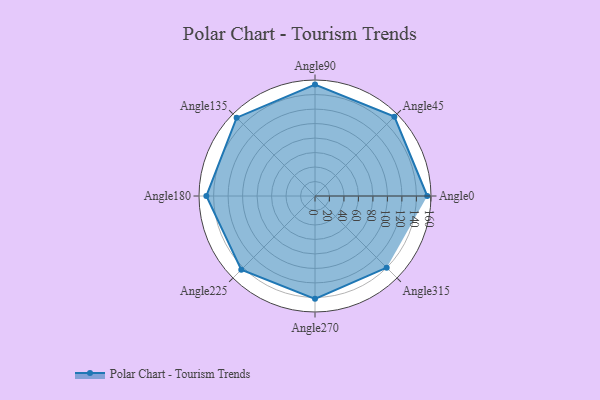
{"axis": {"x": "Angle", "y": "Radius"}, "legend": [""], "data": [{"x": "Angle0", "y": 155.0, "type": ""}, {"x": "Angle45", "y": 155.0, "type": ""}, {"x": "Angle90", "y": 154.0, "type": ""}, {"x": "Angle135", "y": 153.0, "type": ""}, {"x": "Angle180", "y": 150.0, "type": ""}, {"x": "Angle225", "y": 144.0, "type": ""}, {"x": "Angle270", "y": 142.0, "type": ""}, {"x": "Angle315", "y": 140.0, "type": ""}]}